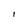
Character: I